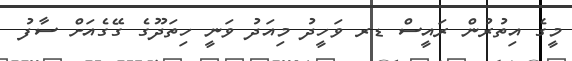
މީގެ އިތުރުން ރައީސް ޑރ ވަހީދު މިއަދު ވަނީ ހިތަދޫގެ ގޭގެއަށް ސާފު